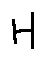
H